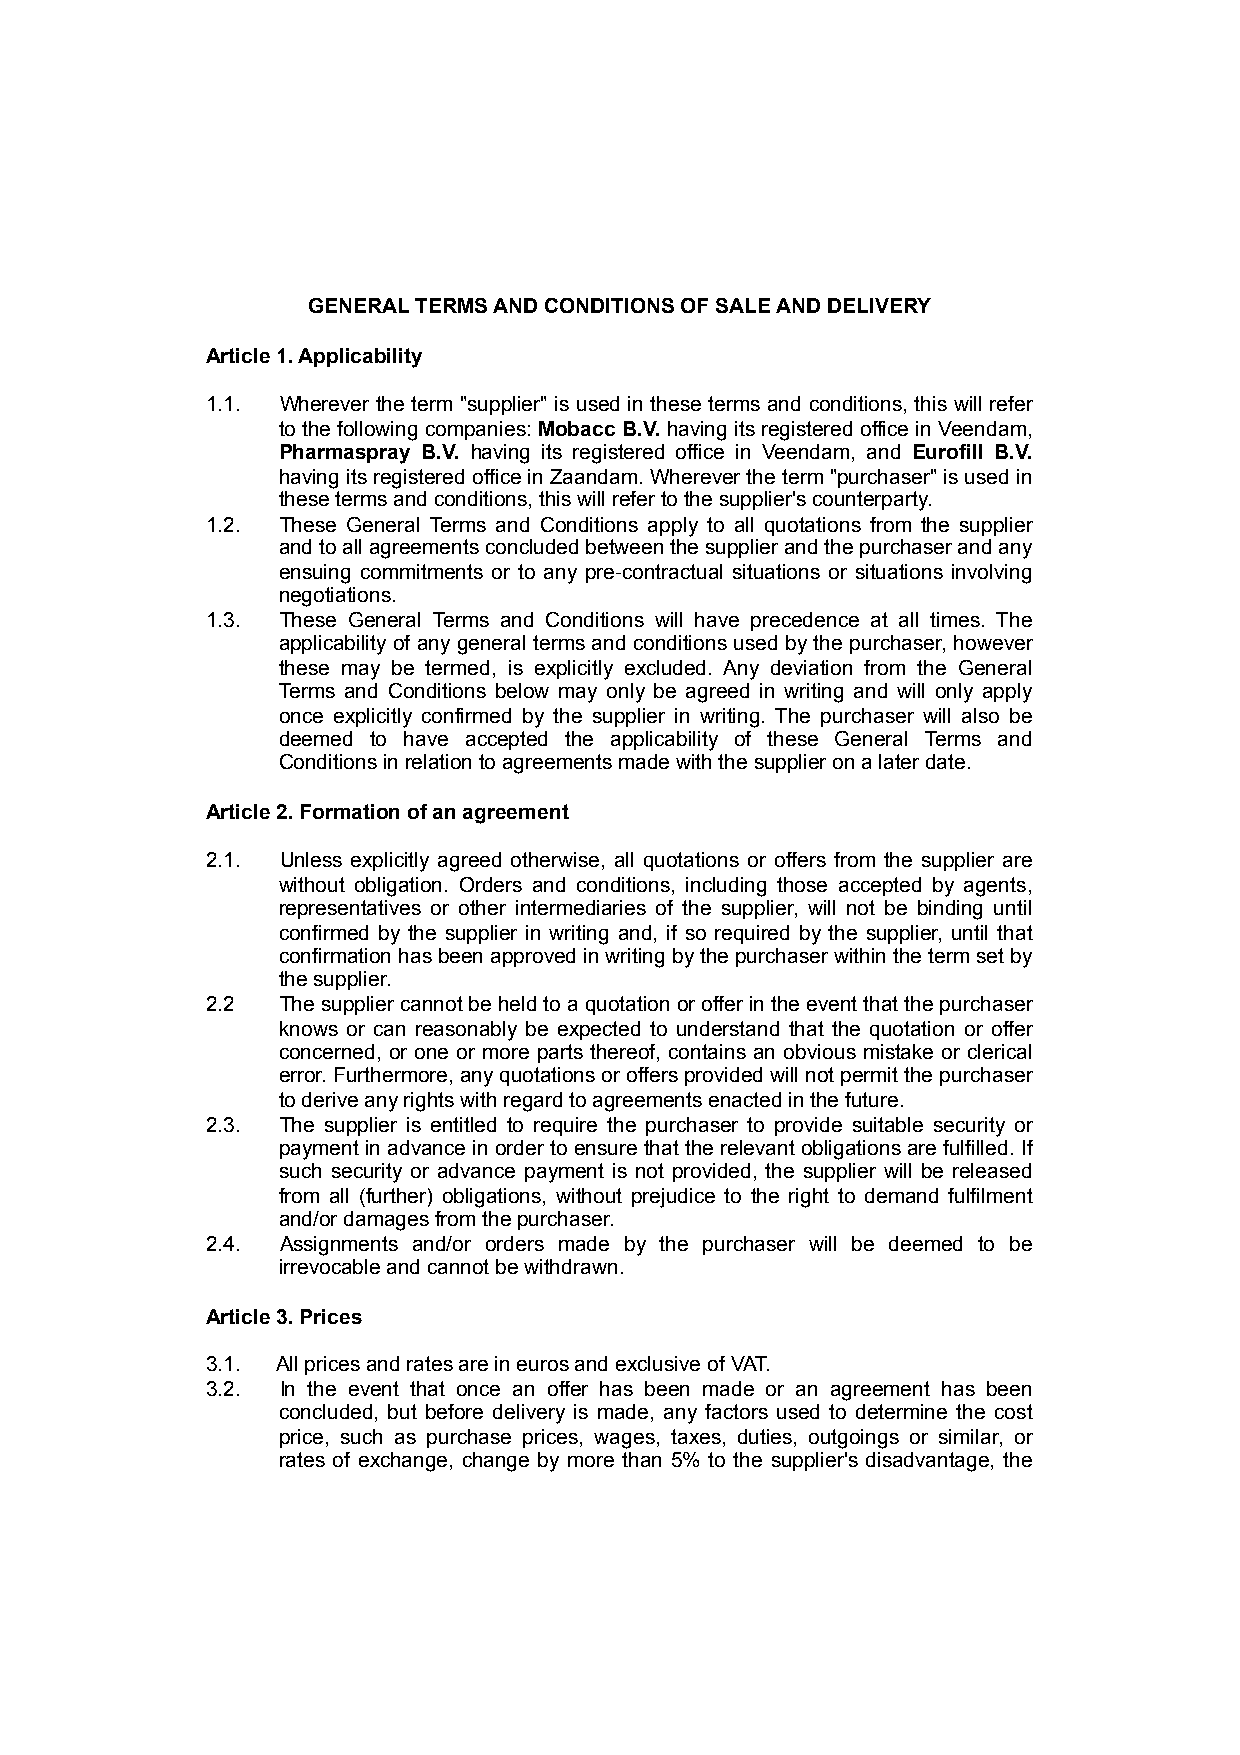
GENERAL TERMS AND CONDITIONS OF SALE AND DELIVERY
 Article 1. Applicability
 1.1. Wherever the term "supplier" is used in these terms and conditions, this will refer
 to the following companies: Mobacc B.V. having its registered office in Veendam,
 Pharmaspray B.V. having its registered office in Veendam, and Eurofill B.V.
 having its registered office in Zaandam. Wherever the term "purchaser" is used in
 these terms and conditions, this will refer to the supplier's counterparty.
 1.2. These General Terms and Conditions apply to all quotations from the supplier
 and to all agreements concluded between the supplier and the purchaser and any
 ensuing commitments or to any pre-contractual situations or situations involving
 negotiations.
 1.3. These General Terms and Conditions will have precedence at all times. The
 applicability of any general terms and conditions used by the purchaser, however
 these may be termed, is explicitly excluded. Any deviation from the General
 Terms and Conditions below may only be agreed in writing and will only apply
 once explicitly confirmed by the supplier in writing. The purchaser will also be
 deemed to have accepted the applicability of these General Terms and
 Conditions in relation to agreements made with the supplier on a later date.
 Article 2. Formation of an agreement
 2.1. Unless explicitly agreed otherwise, all quotations or offers from the supplier are
 without obligation. Orders and conditions, including those accepted by agents,
 representatives or other intermediaries of the supplier, will not be binding until
 confirmed by the supplier in writing and, if so required by the supplier, until that
 confirmation has been approved in writing by the purchaser within the term set by
 the supplier.
 2.2  The supplier cannot be held to a quotation or offer in the event that the purchaser
 knows or can reasonably be expected to understand that the quotation or offer
 concerned, or one or more parts thereof, contains an obvious mistake or clerical
 error. Furthermore, any quotations or offers provided will not permit the purchaser
 to derive any rights with regard to agreements enacted in the future.
 2.3. The supplier is entitled to require the purchaser to provide suitable security or
 payment in advance in order to ensure that the relevant obligations are fulfilled. If
 such security or advance payment is not provided, the supplier will be released
 from all (further) obligations, without prejudice to the right to demand fulfilment
 and/or damages from the purchaser.
 2.4. Assignments and/or orders made by the purchaser will be deemed to be
 irrevocable and cannot be withdrawn.
 Article 3. Prices
 3.1. All prices and rates are in euros and exclusive of VAT.
 3.2. In the event that once an offer has been made or an agreement has been
 concluded, but before delivery is made, any factors used to determine the cost
 price, such as purchase prices, wages, taxes, duties, outgoings or similar, or
 rates of exchange, change by more than 5% to the supplier's disadvantage, the